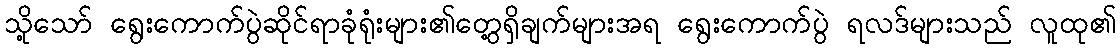
သို့သော် ရွေးကောက်ပွဲဆိုင်ရာခုံရုံးများ၏တွေ့ရှိချက်များအရ ရွေးကောက်ပွဲ ရလဒ်များသည် လူထု၏